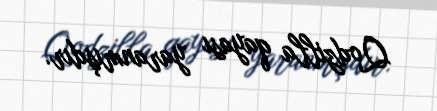
Qodzilla qayası yaranmışdır.